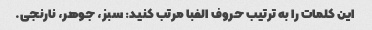
این کلمات را به ترتیب حروف الفبا مرتب کنید: سبز، جوهر، نارنجی.